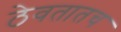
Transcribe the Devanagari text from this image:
ठेवतातच